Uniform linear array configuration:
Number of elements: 4
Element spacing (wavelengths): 0.5
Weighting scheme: hann
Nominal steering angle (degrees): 30
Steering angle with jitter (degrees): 31.059
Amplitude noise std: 0.05
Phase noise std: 0.05

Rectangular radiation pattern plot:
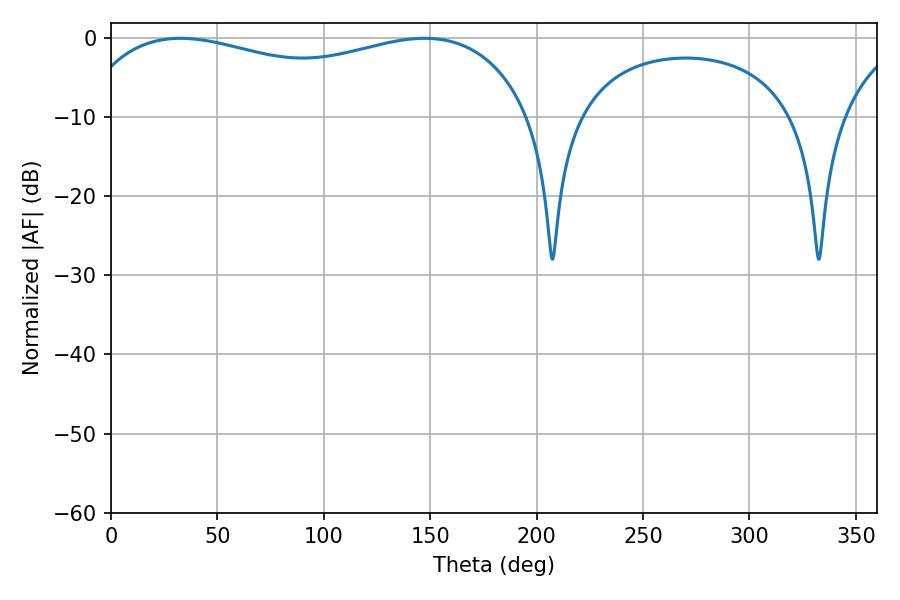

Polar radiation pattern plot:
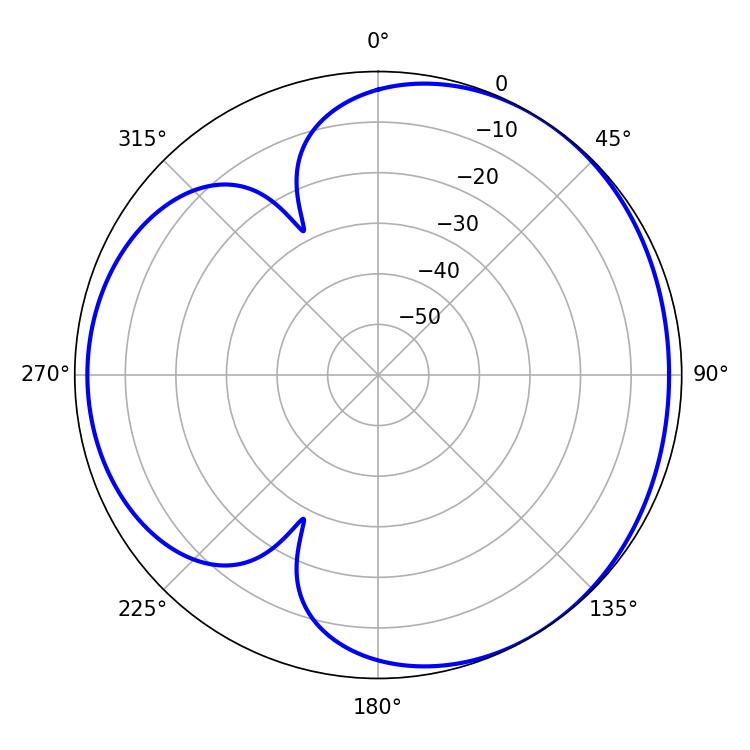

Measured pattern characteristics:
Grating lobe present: FALSE
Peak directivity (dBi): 3.537
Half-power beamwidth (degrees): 175.32
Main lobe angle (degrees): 32.58